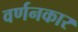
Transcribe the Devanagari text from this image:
वर्णनकार